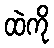
ထဲကို